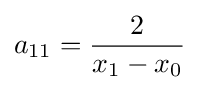
a_{11}={\frac {2}{x_{1}-x_{0}}}